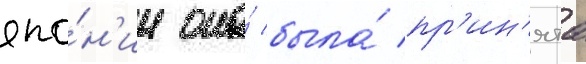
япо́н'ии она́ была́ пр'ин'ята